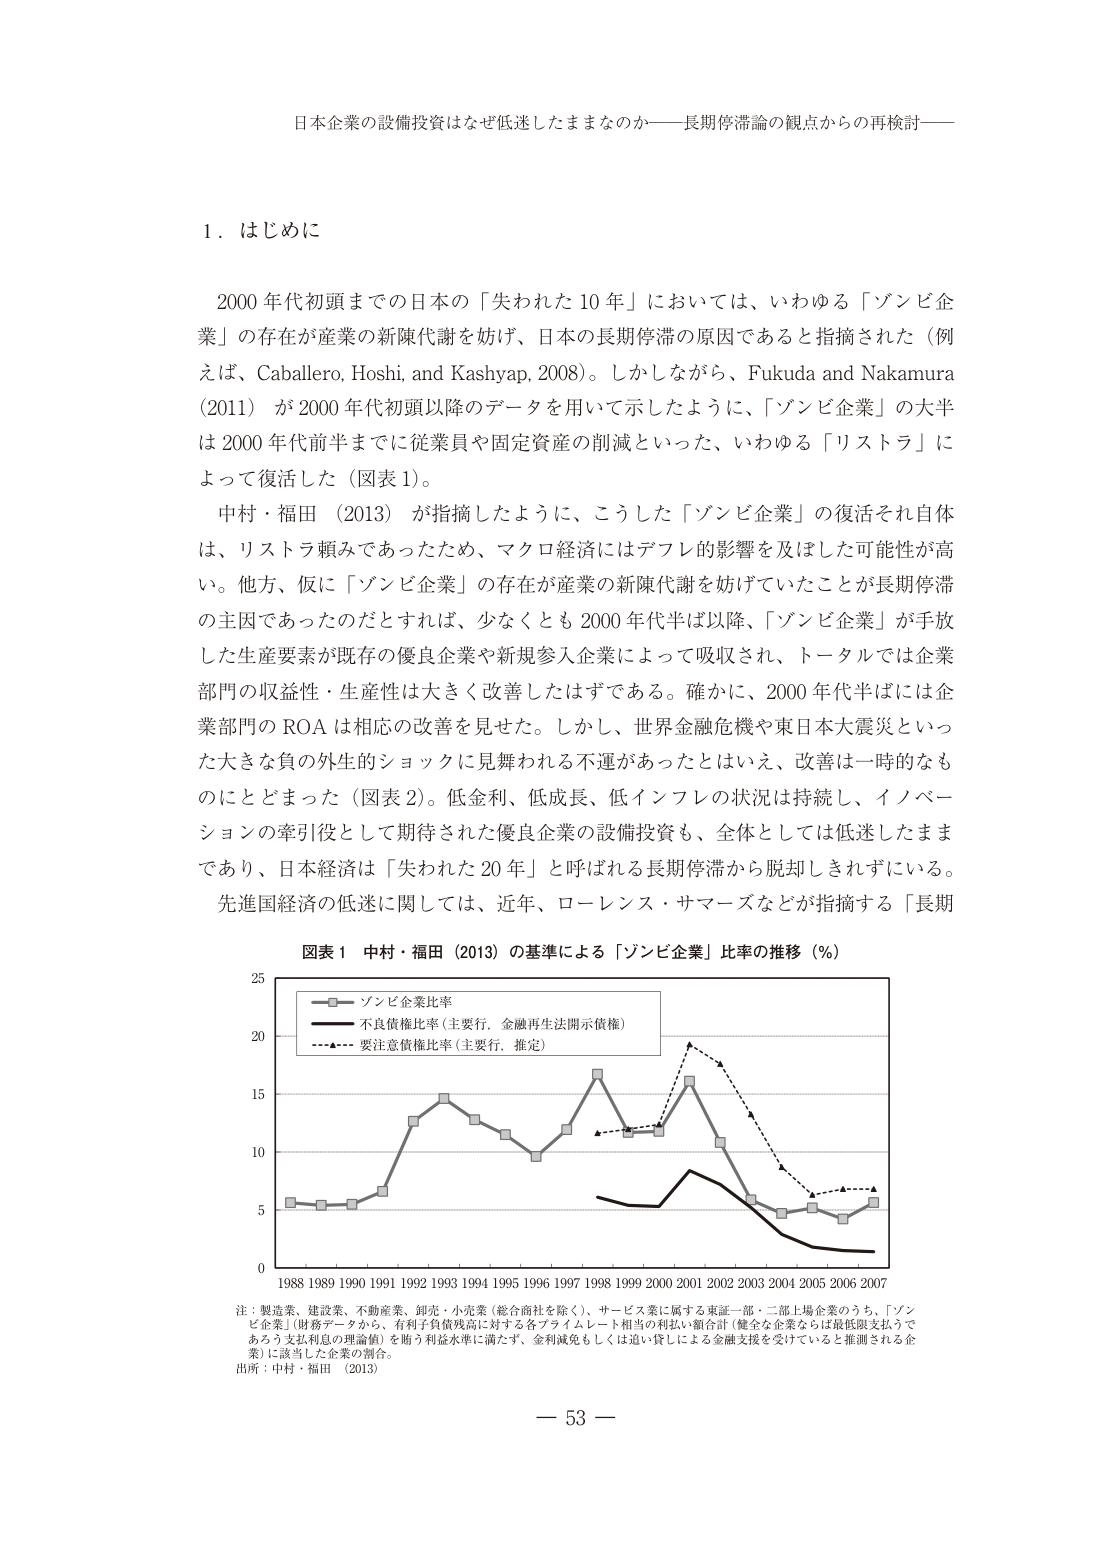
日本企業の設備投資はなぜ低迷したままなのか――長期停滞論の観点からの再検討――

１．はじめに

2000年代初頭までの日本の「失われた10年」においては、いわゆる「ゾンビ企業」の存在が産業の新陳代謝を妨げ、日本の長期停滞の原因であると指摘された（例えば、Caballero, Hoshi, and Kashyap, 2008）。しかしながら、Fukuda and Nakamura (2011) が2000年代初頭以降のデータを用いて示したように、「ゾンビ企業」の大半は2000年代前半までに従業員や固定資産の削減といった、いわゆる「リストラ」によって復活した（図表1）。

中村・福田（2013）が指摘したように、こうした「ゾンビ企業」の復活それ自体は、リストラ頼みであったため、マクロ経済にはデフレ的影響を及ぼした可能性が高い。他方、仮に「ゾンビ企業」の存在が産業の新陳代謝を妨げていたことが長期停滞の主因であったのだとすれば、少なくとも2000年代半ば以降、「ゾンビ企業」が手放した生産要素が既存の優良企業や新規参入企業によって吸収され、トータルでは企業部門の収益性・生産性は大きく改善したはずである。確かに、2000年代半ばには企業部門のROAは相応の改善を見せた。しかし、世界金融危機や東日本大震災といった大きな負の外生的ショックに見舞われる不運があったとはいえ、改善は一時的なものにとどまった（図表2）。低金利、低成長、低インフレの状況は持続し、イノベーションの牽引役として期待された優良企業の設備投資も、全体としては低迷したままであり、日本経済は「失われた20年」と呼ばれる長期停滞から脱却しきれていない。

先進国経済の低迷に関しては、近年、ローレンス・サマーズなどが指摘する「長期

図表1 中村・福田（2013）の基準による「ゾンビ企業」比率の推移（％）

（グラフの凡例）
■ ゾンビ企業比率
— 不良債権比率（主要行，金融再生法開示債権）
… 要注意債権比率（主要行，推定）

（グラフの横軸：1988～2007年）
（グラフの縦軸：0～25％）

注：製造業、建設業、不動産業、卸売・小売業（総合商社を除く）、サービス業に属する東証一部・二部上場企業のうち、「ゾンビ企業」（財務データから、有利子負債残高に対する各プライムレート相当の利払い額合計（健全な企業ならば最低限支払うであろう支払利息の理論値）を断り利益水準に満たず、金利減免もしくは追い貸しによる金融支援を受けていると推測される企業）に該当した企業の割合。

出所：中村・福田（2013）

－ 53 －